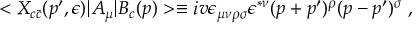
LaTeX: < X _ { c \bar { c } } ( p ^ { \prime } , \epsilon ) \vert A _ { \mu } \vert B _ { c } ( p ) > \equiv i v \epsilon _ { \mu \nu \rho \sigma } \epsilon ^ { * \nu } ( p + p ^ { \prime } ) ^ { \rho } ( p - p ^ { \prime } ) ^ { \sigma } \; ,